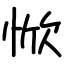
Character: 惞